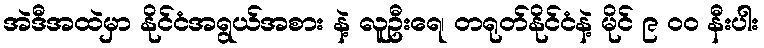
အဲဒီအထဲမှာ နိုင်ငံအရွယ်အစား နဲ့ လူဦးရေ၊ တရုတ်နိုင်ငံနဲ့ မိုင် ၉ ၀၀ နီးပါး